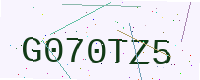
Text: G070TZ5